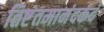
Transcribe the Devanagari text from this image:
तिष्टंतमानंदकंदं